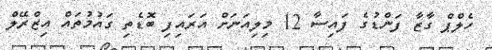
ހެލްޕް ގާޒާ ފަންޑުގެ ފައިސާ 12 މިލިއަނަށް އަރައިފި ބޮޑެތި ގައުމުތައް އިޒްރޭލް